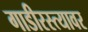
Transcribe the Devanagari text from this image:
गाडीरस्त्यावर